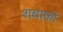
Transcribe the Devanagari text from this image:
शबाकों